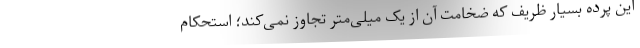
این پرده بسیار ظریف که ضخامت آن از یک میلی‌متر تجاوز نمی‌کند؛ استحکام